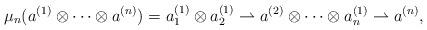
LaTeX: \begin{align*}& \mu_n(a^{(1)}\otimes\cdots\otimes a^{(n)})=a^{(1)}_1\otimes a^{(1)}_2\rightharpoonup a^{(2)}\otimes\cdots\otimes a^{(1)}_n\rightharpoonup a^{(n)},\end{align*}